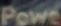
Powe